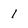
Character: 1